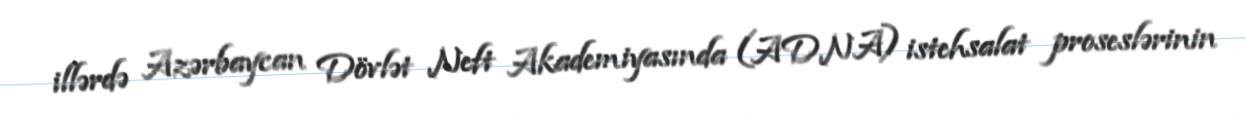
illərdə Azərbaycan Dövlət Neft Akademiyasında (ADNA) istehsalat proseslərinin